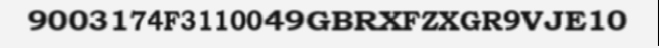
9003174F3110049GBRXFZXGR9VJE10